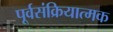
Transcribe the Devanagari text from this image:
पूर्वसंक्रियात्मक